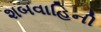
શબવાહિની